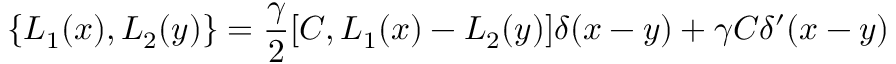
\{ L _ { 1 } ( x ) , L _ { 2 } ( y ) \} = \frac { \gamma } { 2 } [ C , L _ { 1 } ( x ) - L _ { 2 } ( y ) ] \delta ( x - y ) + \gamma C \delta ^ { \prime } ( x - y )